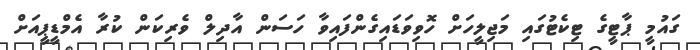
ގައުމީ ޕާޓީގެ ޓިކެޓުގައި މަޖިލީހަށް ހޮވިވަޑައިގެންފައިވާ ހަސަން އާދިލް ވެރިކަން ކުރާ އެމްޑީޕީއަށް